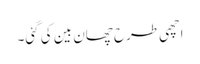
اچھی طرح چھان بین کی گئی۔